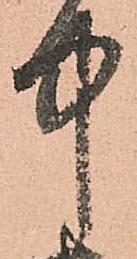
中